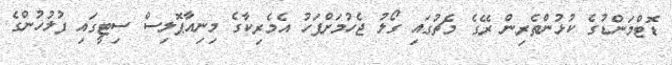
ޑޮޓްމަންޑުގެ ކުޅުންތެރިން ރޭގެ މެޗުގައި ގޯލު ޖެހުމަށްފަހު އެމެރިކާގެ މިނިއާޕޮލިސް ސިޓީގައި ފުލުހުންގެ